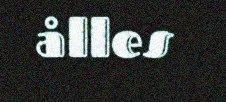
ålles